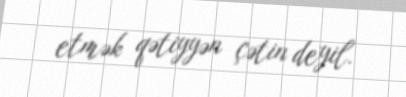
etmək qətiyyən çətin deyil.